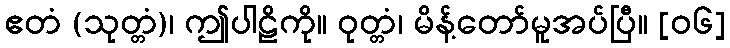
ဧတံ (သုတ္တံ)၊ ဤပါဠိကို။ ဝုတ္တံ၊ မိန့်တော်မူအပ်ပြီ။ [၀၆]